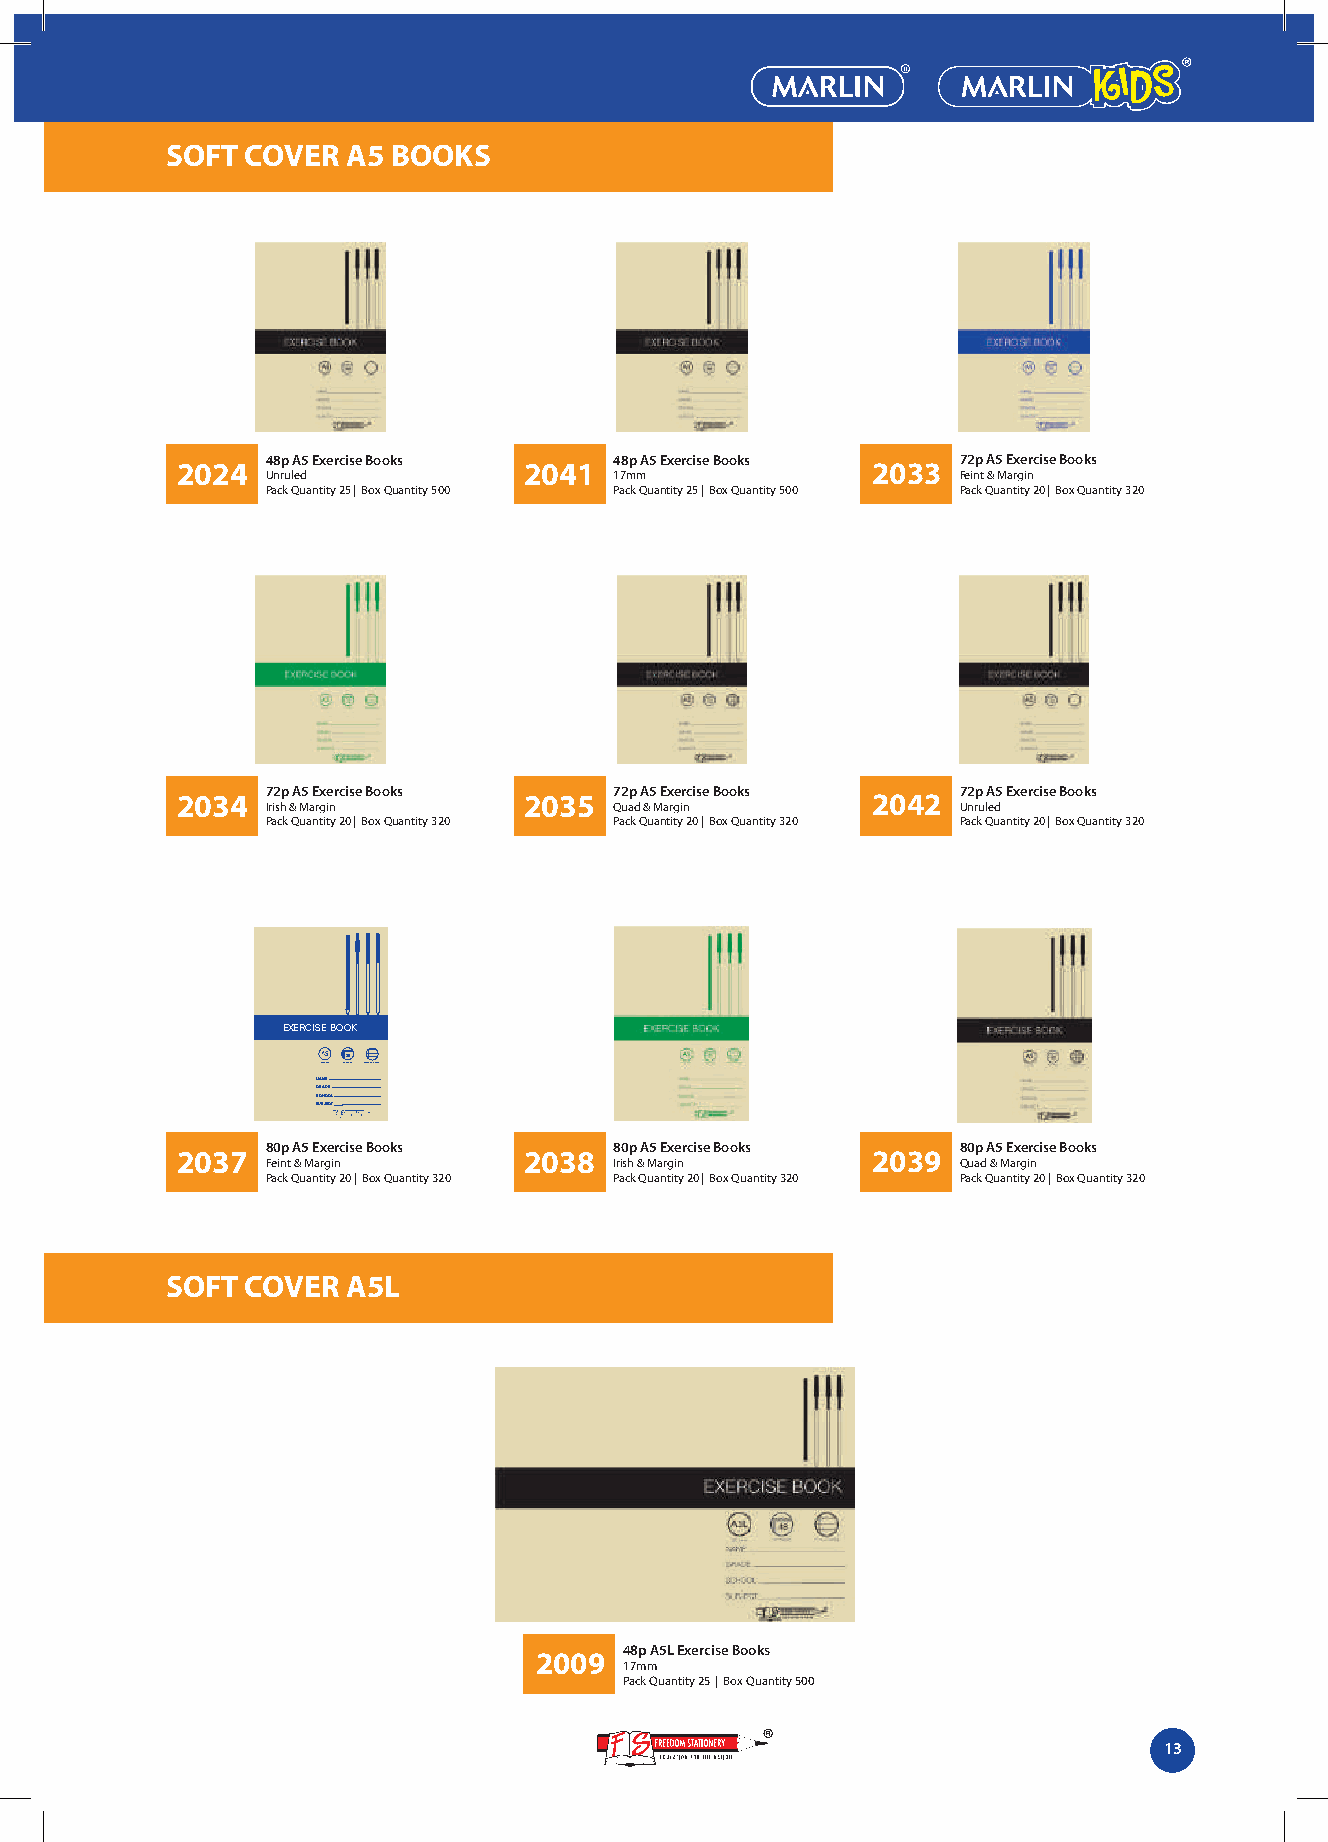
SOFT COVER  A5 BOOKS
 48p A5 Exercise Books  48p A5 Exercise Books  72p A5 Exercise Books
 2024                   2041                   2033
 Unruled                17mm                   Feint & Margin
 Pack Quantity 25 | Box Quantity 500 Pack Quantity 25 | Box Quantity 500 Pack Quantity 20 | Box Quantity 320
 72p A5 Exercise Books  72p A5 Exercise Books  72p A5 Exercise Books
 2034                   2035                   2042
 Irish & Margin         Quad & Margin          Unruled
 Pack Quantity 20 | Box Quantity 320 Pack Quantity 20 | Box Quantity 320 Pack Quantity 20 | Box Quantity 320
 EXERCISE BOOK
 5 80
 148 x 210 32 PAGES FEINT & MARGIN
 NAME
 GRADE
 SCHOOL
 SUBJECT
 80p A5 Exercise Books  80p A5 Exercise Books  80p A5 Exercise Books
 2037                   2038                   2039
 Feint & Margin         Irish & Margin         Quad & Margin
 Pack Quantity 20 | Box Quantity 320 Pack Quantity 20 | Box Quantity 320 Pack Quantity 20 | Box Quantity 320
 SOFT COVER  A5L
 48p A5L Exercise Books
 2009
 17mm
 Pack Quantity 25 | Box Quantity 500
 13